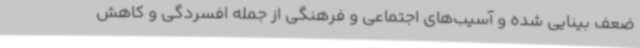
ضعف بینایی شده و آسیب‌های اجتماعی و فرهنگی از جمله افسردگی و کاهش